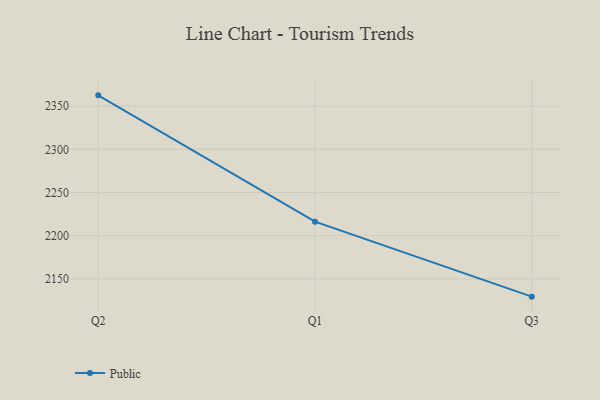
{"axis": {"x": "Quarter", "y": "Gross Profit (USD K)"}, "legend": ["Public"], "data": [{"x": "Q2", "y": 2362.5, "type": "Public"}, {"x": "Q1", "y": 2216.4, "type": "Public"}, {"x": "Q3", "y": 2129.6, "type": "Public"}]}